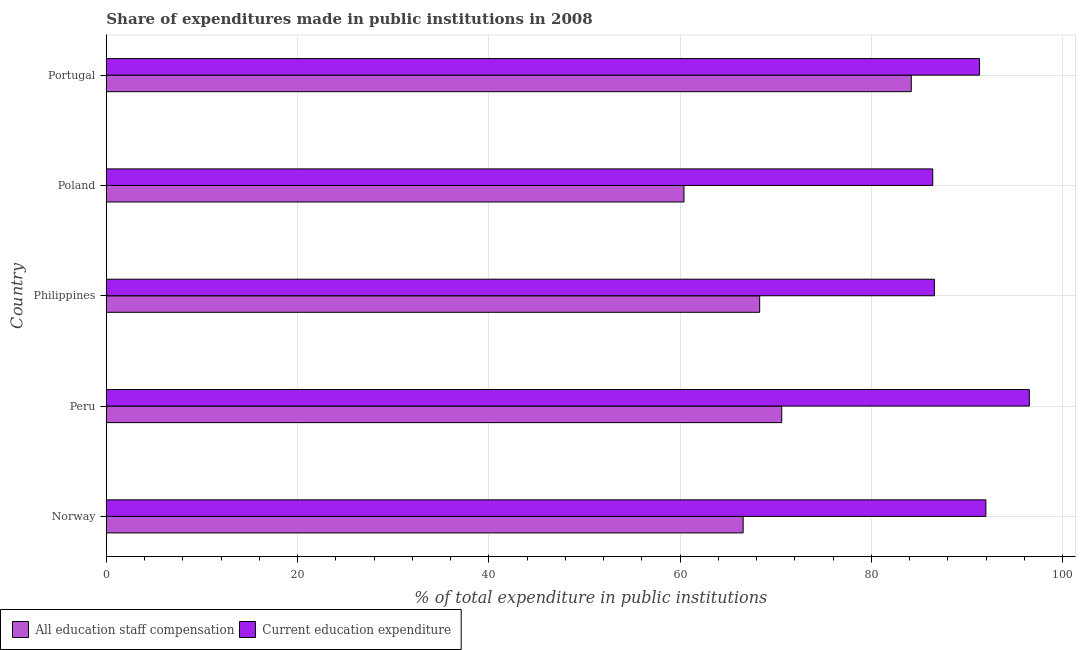
| Country | All education staff compensation | Current education expenditure |
 | --- | --- | --- |
 | Norway | 66.6 | 92 |
 | Peru | 70.6 | 96.5 |
 | Philippines | 68.3 | 86.6 |
 | Poland | 60.4 | 86.4 |
 | Portugal | 84.2 | 91.3 |